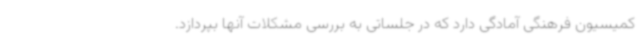
کمیسیون فرهنگی آمادگی دارد که در جلساتی به بررسی مشکلات آنها بپردازد.